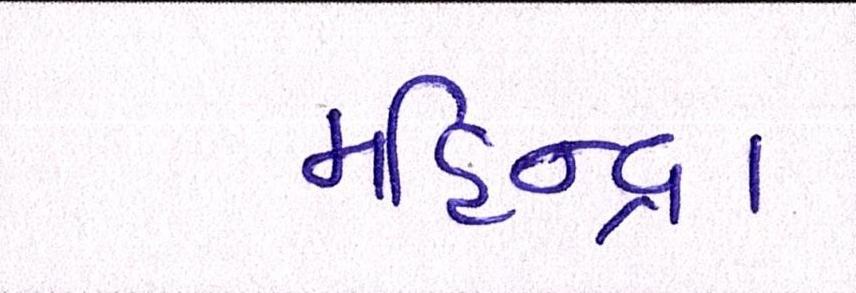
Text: મહિન્દ્રા